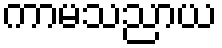
ကာမသညာယ